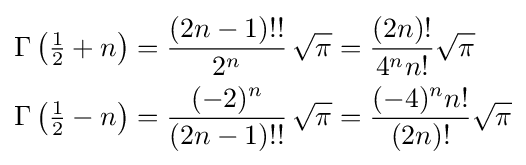
{\begin{aligned}\Gamma \left({\tfrac {1}{2}}+n\right)&={\frac {(2n-1)!!}{2^{n}}}\,{\sqrt {\pi }}={\frac {(2n)!}{4^{n}n!}}{\sqrt {\pi }}\\\Gamma \left({\tfrac {1}{2}}-n\right)&={\frac {(-2)^{n}}{(2n-1)!!}}\,{\sqrt {\pi }}={\frac {(-4)^{n}n!}{(2n)!}}{\sqrt {\pi }}\end{aligned}}